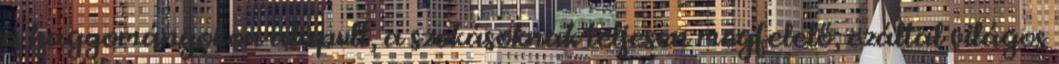
a hagyományokon alapult, a szokásoknak teljesen megfelelő, ezáltal világos